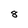
Character: 8